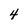
Character: 4